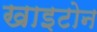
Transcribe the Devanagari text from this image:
खाइटोन